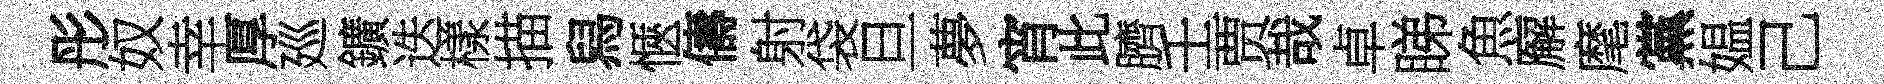
彤奴幸厚廵鑛迭樣描舄愜儔射袋旦夢宵此臍壬贾哉卓睇魚廨麾黨媪己